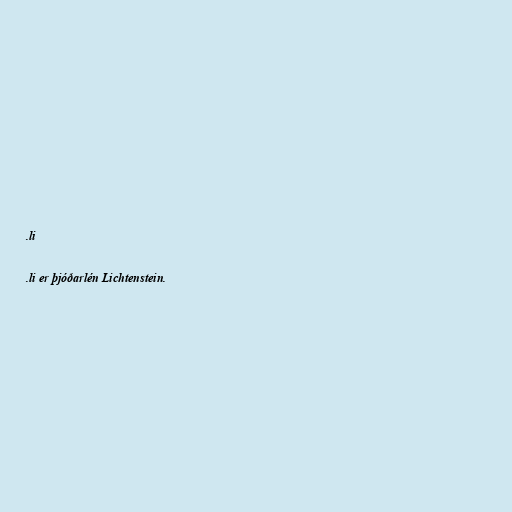
.li

.li er þjóðarlén Lichtenstein.